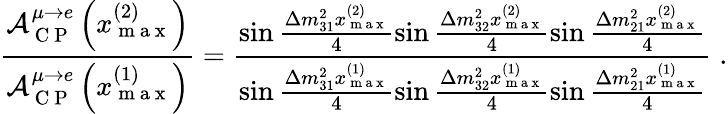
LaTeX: \frac{\mathcal{A}_{\mathrm{~C~P~}}^{\mu\rightarrow e}\left(x_{\mathrm{~m~a~x~}}^{(2)}\right)}{\mathcal{A}_{\mathrm{~C~P~}}^{\mu\rightarrow e}\left(x_{\mathrm{~m~a~x~}}^{(1)}\right)}=\frac{\sin\frac{\Delta m_{31}^{2}x_{\mathrm{~m~a~x~}}^{(2)}}{4}\sin\frac{\Delta m_{32}^{2}x_{\mathrm{~m~a~x~}}^{(2)}}{4}\sin\frac{\Delta m_{21}^{2}x_{\mathrm{~m~a~x~}}^{(2)}}{4}}{\sin\frac{\Delta m_{31}^{2}x_{\mathrm{~m~a~x~}}^{(1)}}{4}\sin\frac{\Delta m_{32}^{2}x_{\mathrm{~m~a~x~}}^{(1)}}{4}\sin\frac{\Delta m_{21}^{2}x_{\mathrm{~m~a~x~}}^{(1)}}{4}}\; .